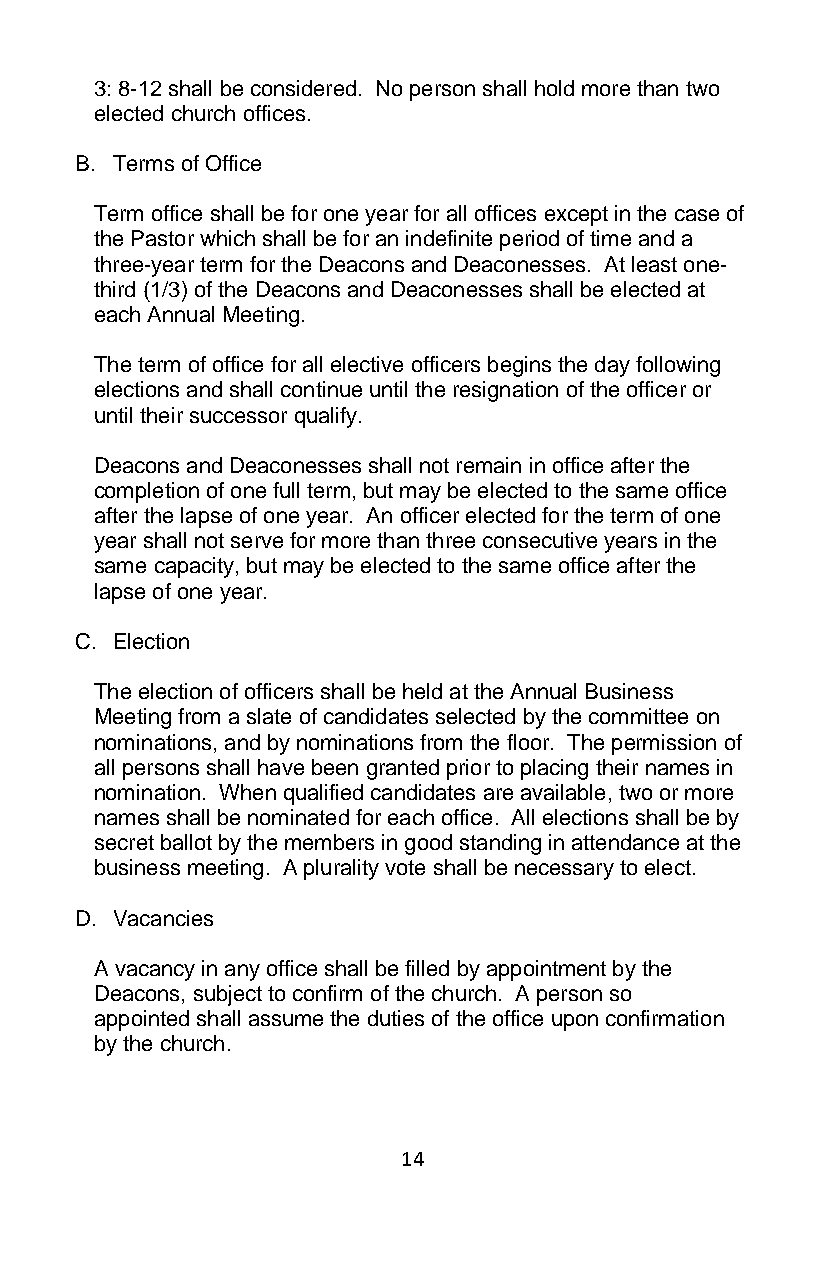
3: 8-12 shall be considered. No person shall hold more than two
 elected church offices.
 B. Terms of Office
 Term office shall be for one year for all offices except in the case of
 the Pastor which shall be for an indefinite period of time and a
 three-year term for the Deacons and Deaconesses. At least one-
 third (1/3) of the Deacons and Deaconesses shall be elected at
 each Annual Meeting.
 The term of office for all elective officers begins the day following
 elections and shall continue until the resignation of the officer or
 until their successor qualify.
 Deacons and Deaconesses shall not remain in office after the
 completion of one full term, but may be elected to the same office
 after the lapse of one year. An officer elected for the term of one
 year shall not serve for more than three consecutive years in the
 same capacity, but may be elected to the same office after the
 lapse of one year.
 C. Election
 The election of officers shall be held at the Annual Business
 Meeting from a slate of candidates selected by the committee on
 nominations, and by nominations from the floor. The permission of
 all persons shall have been granted prior to placing their names in
 nomination. When qualified candidates are available, two or more
 names shall be nominated for each office. All elections shall be by
 secret ballot by the members in good standing in attendance at the
 business meeting. A plurality vote shall be necessary to elect.
 D. Vacancies
 A vacancy in any office shall be filled by appointment by the
 Deacons, subject to confirm of the church. A person so
 appointed shall assume the duties of the office upon confirmation
 by the church.
 14